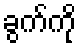
ခွက်ကို